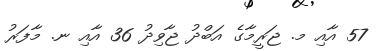
57 އާއި މ. ޖަރީމާގެ އަބްދު ޖާވިދު 36 އާއި ނ. މާފަރު